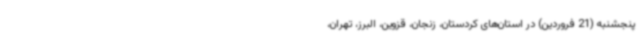
پنجشنبه (21 فروردین) در استان‌های کردستان، زنجان، قزوین، البرز، تهران،